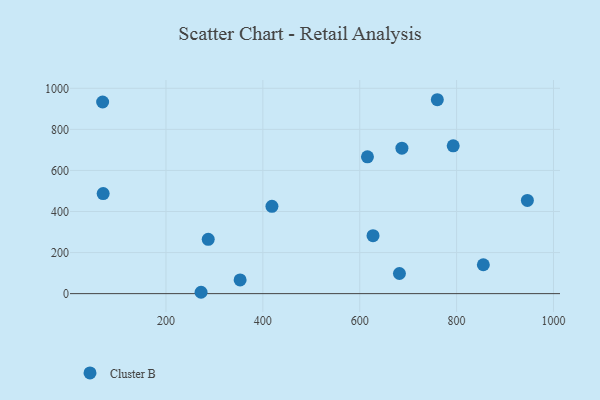
{"axis": {"x": "Study Hours", "y": "Salary"}, "legend": ["Cluster B"], "data": [{"x": "627.5", "y": 282.5, "type": "Cluster B"}, {"x": "855.2", "y": 140.6, "type": "Cluster B"}, {"x": "616.0", "y": 666.2, "type": "Cluster B"}, {"x": "287.3", "y": 264.4, "type": "Cluster B"}, {"x": "760.2", "y": 944.4, "type": "Cluster B"}, {"x": "687.1", "y": 708.2, "type": "Cluster B"}, {"x": "682.0", "y": 98.0, "type": "Cluster B"}, {"x": "70.4", "y": 487.1, "type": "Cluster B"}, {"x": "69.3", "y": 933.2, "type": "Cluster B"}, {"x": "946.1", "y": 453.9, "type": "Cluster B"}, {"x": "793.0", "y": 719.7, "type": "Cluster B"}, {"x": "353.1", "y": 66.6, "type": "Cluster B"}, {"x": "418.8", "y": 425.4, "type": "Cluster B"}, {"x": "272.5", "y": 6.6, "type": "Cluster B"}]}